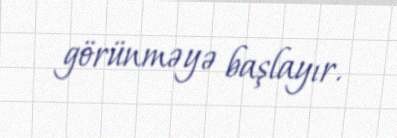
görünməyə başlayır.